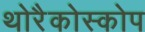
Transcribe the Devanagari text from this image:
थोरैकोस्कोप